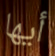
أيها